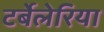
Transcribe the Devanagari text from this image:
टर्बेलेरिया